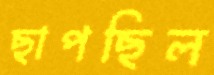
ছাপছিল